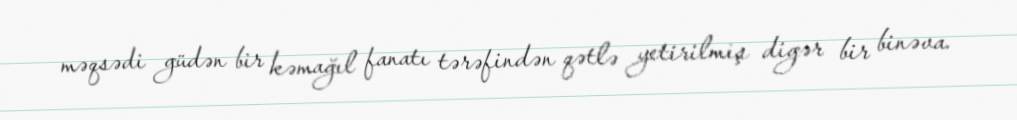
məqsədi güdən bir kəmağıl fanatı tərəfindən qətlə yetirilmiş digər bir binəva.